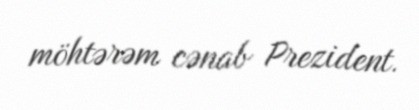
möhtərəm cənab Prezident.